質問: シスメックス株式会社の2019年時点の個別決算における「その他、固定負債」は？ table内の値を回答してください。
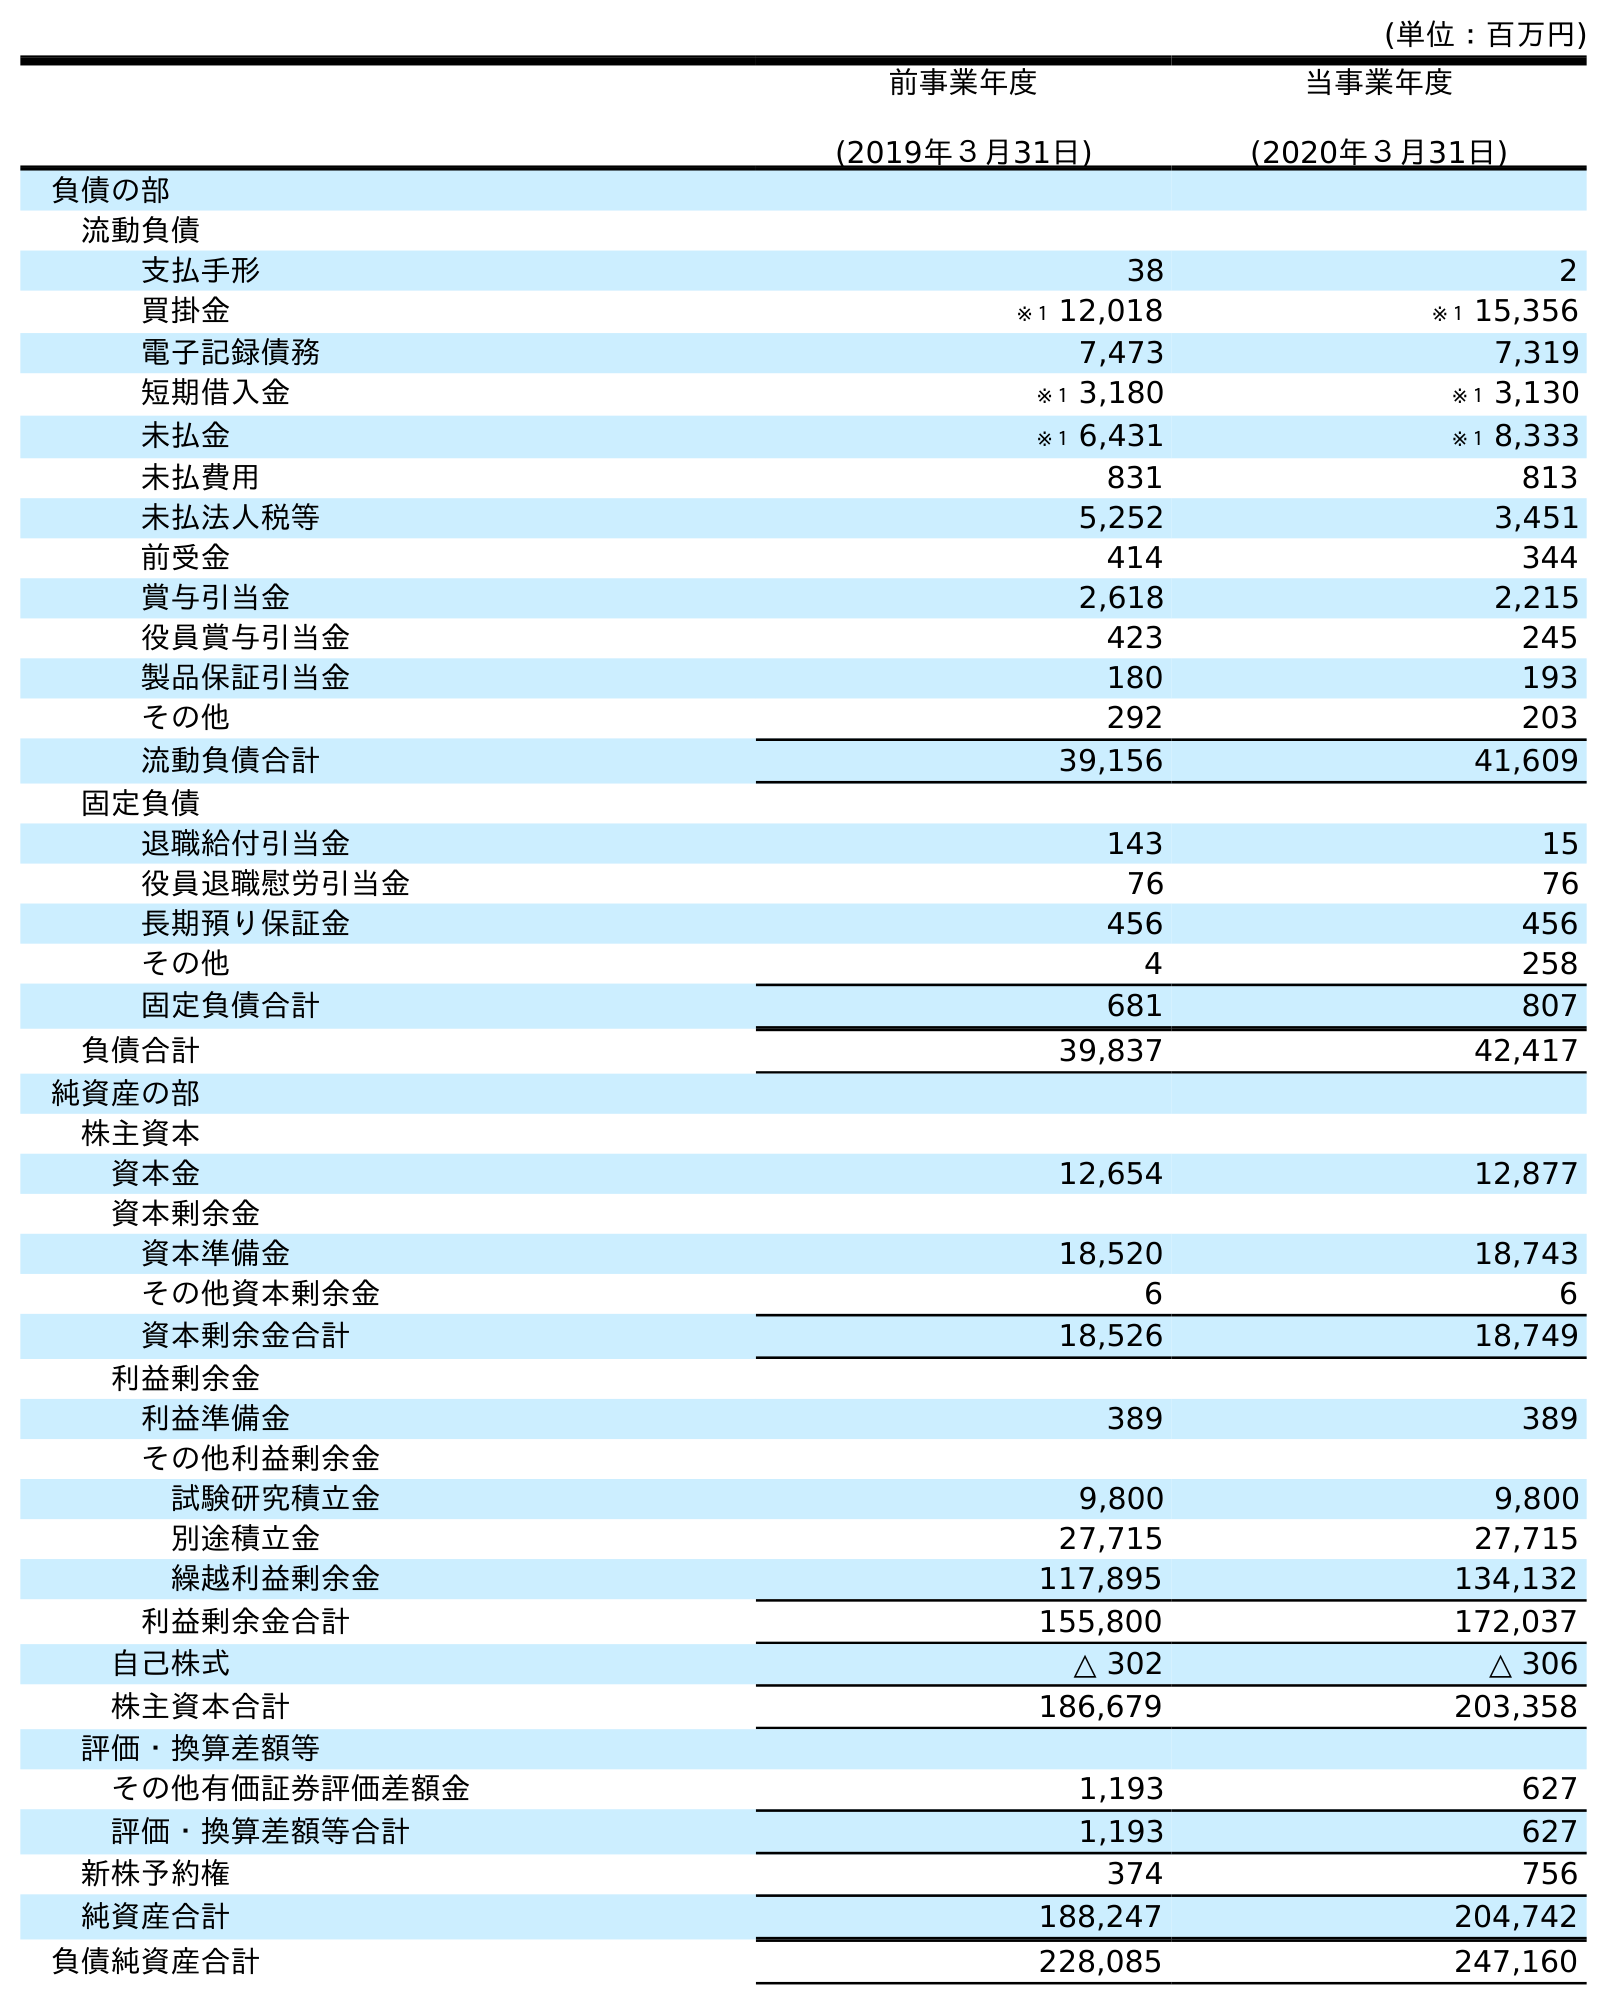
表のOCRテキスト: (単位：百万円) 前事業年度 (2019年３月31日) 当事業年度 (2020年３月31日) 負債の部 流動負債 支払手形 38 2 買掛金 ※１ 12,018 ※１ 15,356 電子記録債務 7,473 7,319 短期借入金 ※１ 3,180 ※１ 3,130 未払金 ※１ 6,431 ※１ 8,333 未払費用 831 813 未払法人税等 5,252 3,451 前受金 414 344 賞与引当金 2,618 2,215 役員賞与引当金 423 245 製品保証引当金 180 193 その他 292 203 流動負債合計 39,156 41,609 固定負債 退職給付引当金 143 15 役員退職慰労引当金 76 76 長期預り保証金 456 456 その他 4 258 固定負債合計 681 807 負債合計 39,837 42,417 純資産の部 株主資本 資本金 12,654 12,877 資本剰余金 資本準備金 18,520 18,743 その他資本剰余金 6 6 資本剰余金合計 18,526 18,749 利益剰余金 利益準備金 389 389 その他利益剰余金 試験研究積立金 9,800 9,800 別途積立金 27,715 27,715 繰越利益剰余金 117,895 134,132 利益剰余金合計 155,800 172,037 自己株式 △ 302 △ 306 株主資本合計 186,679 203,358 評価・換算差額等 その他有価証券評価差額金 1,193 627 評価・換算差額等合計 1,193 627 新株予約権 374 756 純資産合計 188,247 204,742 負債純資産合計 228,085 247,160
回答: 4